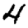
Digit: 4